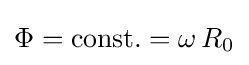
\Phi =\mathrm {const.} =\omega \,R_{0}